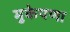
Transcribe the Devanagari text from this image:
मुकेपणा